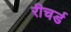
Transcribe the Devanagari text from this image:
रीचर्ड